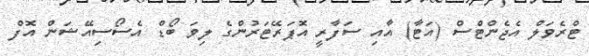
ޓްރެވަލް އެޖެންޓްސް (އަޓާ) އާއި ސަފާރީ އޮޕަރޭޓަރުންގެ ލިވަ ބޯޑް އެސޯސިއޭޝަން އޮފް